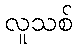
လူသစ်